Sketch of the medical history of the native army of Bombay, for the year
Year: 1876
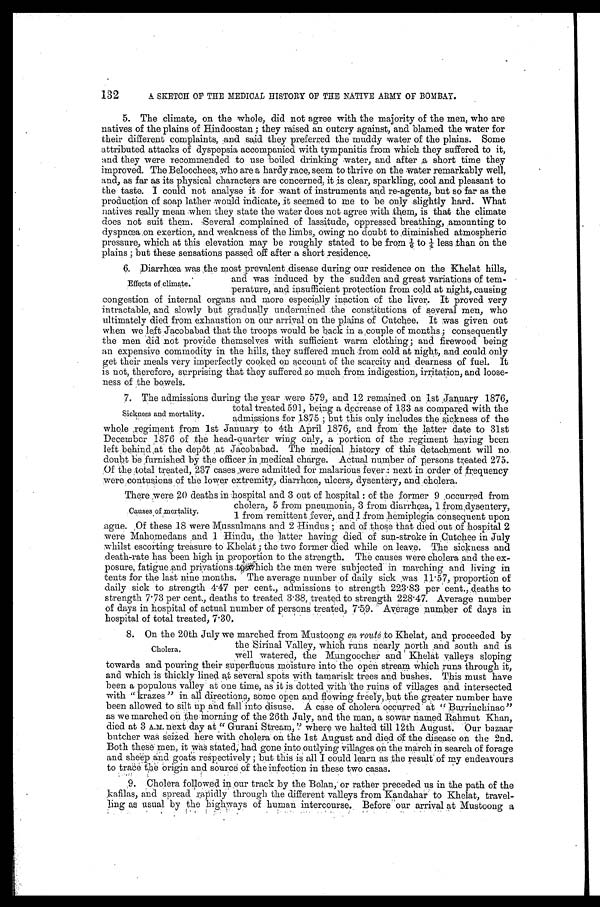
132
A SKETCH OF THE MEDICAL HISTORY OF THE NATIVE ARMY OF BOMBAY.
5. The climate, on the whole, did not agree with the majority of the men, who are
natives of the plains of Hindoostan; they raised an outcry against, and blamed the water for
their different complaints, ands said they preferred the muddy water of the plains. Some
attributed attacks of dyspepsia accompanied with tympanitis from which they suffered to it,
and they were recommended to use boiled drinking water, and after a short time they
improved. The Beloochees,who are a hardy race, seem to thrive on the water remarkably well,
and, as far as its physical characters are concerned, it is clear, sparkling, cool and pleasant to
the taste. I could not analyse it for want of instruments and re-agents, but so far as the
production of soap lather would indicate, it seemed to me to be only slightly hard. What
natives really mean when they state the water does not agree with them, is that the climate
does not suit them. Severed complainer of lassitude, oppressed breathing, amounting to
dyspnæa on exertion, and weakness of the limbs, owing no doubt to diminished atmospheric
pressure, which at this elevation may be roughly stated to be from 1/6 to 1/4 l e s s t h a n o n t h e
plains ; but these sensations passed off after a short residence,.
6. Diarrhæa was the most prevalent .disease during our residence on the Khelat hills,
Effects of climate.
and was induced by the sudden and great variations of tem-
perature, and insufficient protection from cold at night,causing
congestion of internal organs and more especially inaction of the liver. It proved very
intractable, and. slowly but gradually undermined the constitutions of several men, who
ultimately died from exhaustion on our arrival on the plains of Cutchee. It was given out
when we left jacobabad that the troops would be hack in a couple of months; consequently
the men did not provide themselves with sufficient warm clothing; and. firewood being
an expensive commodity in the hills, they suffered much from cold at night, and could only
get their meals very imperfectly cooked on account of the scarcity and dearness of fuel. It
is not, therefore, surprising that they suffered so much from indigestion, irritation, and loose-
ness of the bowels.
7. The admissions during the year were 579, and 12 remained on 1st January 1876,
total treated 591, being a decrease of 133 as compared with the
Sickness and mortality.
admissions for 1875 ; but this only includes the sickness of the
whole regiment from 1st January to 4th April 1876, and from the latter date to 31st
December 1876 of the head-quarter wing only, a portion of the regiment having been
left behind at the depot at Jacobabad. The medical history of this detachment will no,
doubt be furnished by the officer in medical charge. Actual number of persons treated 275.
Of the total treated, 237 cases Were admitted for malarions fever next in order of frequency
were contusions of the lower extremity, diarrhæa, ulcers, dysentery, and cholera.
There were 20 deaths in hospitals and 3 out of hospital of the former 9 occurred from
cholera, 5 from pneumonia, 3 from diarrhæa, 1 from dysentery,
Causes of mortality.
1 fiom remittent fever, and 1from hemiplegia consequent upon
ague. Of these 18 were Mussu1mans and 2 Hindus ; and of those that died out of hospital 2
were Mahomedans and 1 Hindu, the latter having died' of sun-stroke in Cutchee in July
whilst escorting treasure to Khelat; the two former died while on leave. The sickness and
death-rate has been high in proportion to the strength. The causes were cholera and the ex-
posure, fatigue and privations to which the men were 'subjected' in marching and living in
tents for the last nine months. The average number of daily sick was 11 . 57, proportion of
daily sick to strength 4.47 per cent, admissions to strength 223 . 83 per cent, .deaths to
strength 7 . 73 per cent, deaths to treated 3.38, treated to strength 228.47. Average number
of days in hospital of actual number of persons treated, 7 .59. Average number of days in
hospital of total treated, 7.30.
8. On the 20th July we marched from Mustoong en route to Khelat, and proceeded by
the Sirinal Valley, which runs nearly north and south and is
Cholera
well watered, the Mungoocher and Khelat valleys sloping
towards and pouring their superfluous moisture into the open stream Which runs through it,
and which is thickly lined at several spots with tamarisk trees and bushes. This must have
been a populous valley at one time, as it is dotted with the ruins of villages and intersected
with " krazes " in all directions, some open and flowing freely, but the greater number have
been allowed to silt up and fall into disuse. A case of cholera occurred at " Burrinchinao"
as we marched on the Morning of the 26th July, and the man, a sowar named Rahmut Khan,
died at 3 A.M next day at " Gurani St ream, " where we hal t ed t i l l 12t h August . Our bazaar
butcher was seized here with cholera on the 1st August and died of the disease on the 2nd.
Both these men, it was stated, had gone into outlying villages on the march in search of forage
and sheep and goats respectively ; but this is all I could learn as the result of my endeavours
to trace the origin and source of the infection in these two casas.
9. Cholera followed in our track by the Bolan or rather preceded us in the path of the
kafilas, and spread rapidly through the different valleys from Kandahar to Khelat, travel-
ling as usual by the highways of human intercourse. Before ''our arrival at Mustoong a